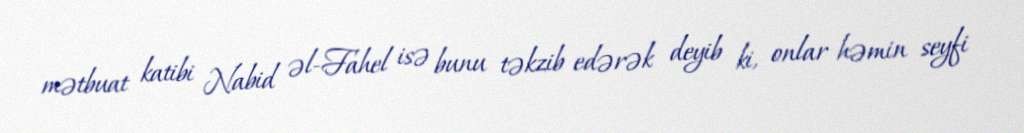
mətbuat katibi Nabid əl-Fahel isə bunu təkzib edərək deyib ki, onlar həmin seyfi